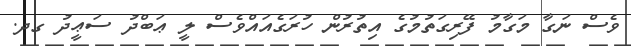
ވެސް ނަގާ މަގާމު ފޭރިގަތުމުގެ އިތުރުން ހުރަގެއައްވެސް ލީ ޢަބްދު ސަޢީދު ގދ.